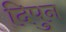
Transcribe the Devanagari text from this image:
दिपुन